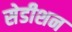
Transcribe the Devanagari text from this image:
सेडीशन